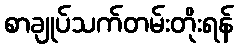
စာချုပ်သက်တမ်းတိုးရန်